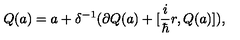
Q ( a ) = a + \delta ^ { - 1 } ( \partial Q ( a ) + [ \frac { i } { \hbar } r , Q ( a ) ] ) ,